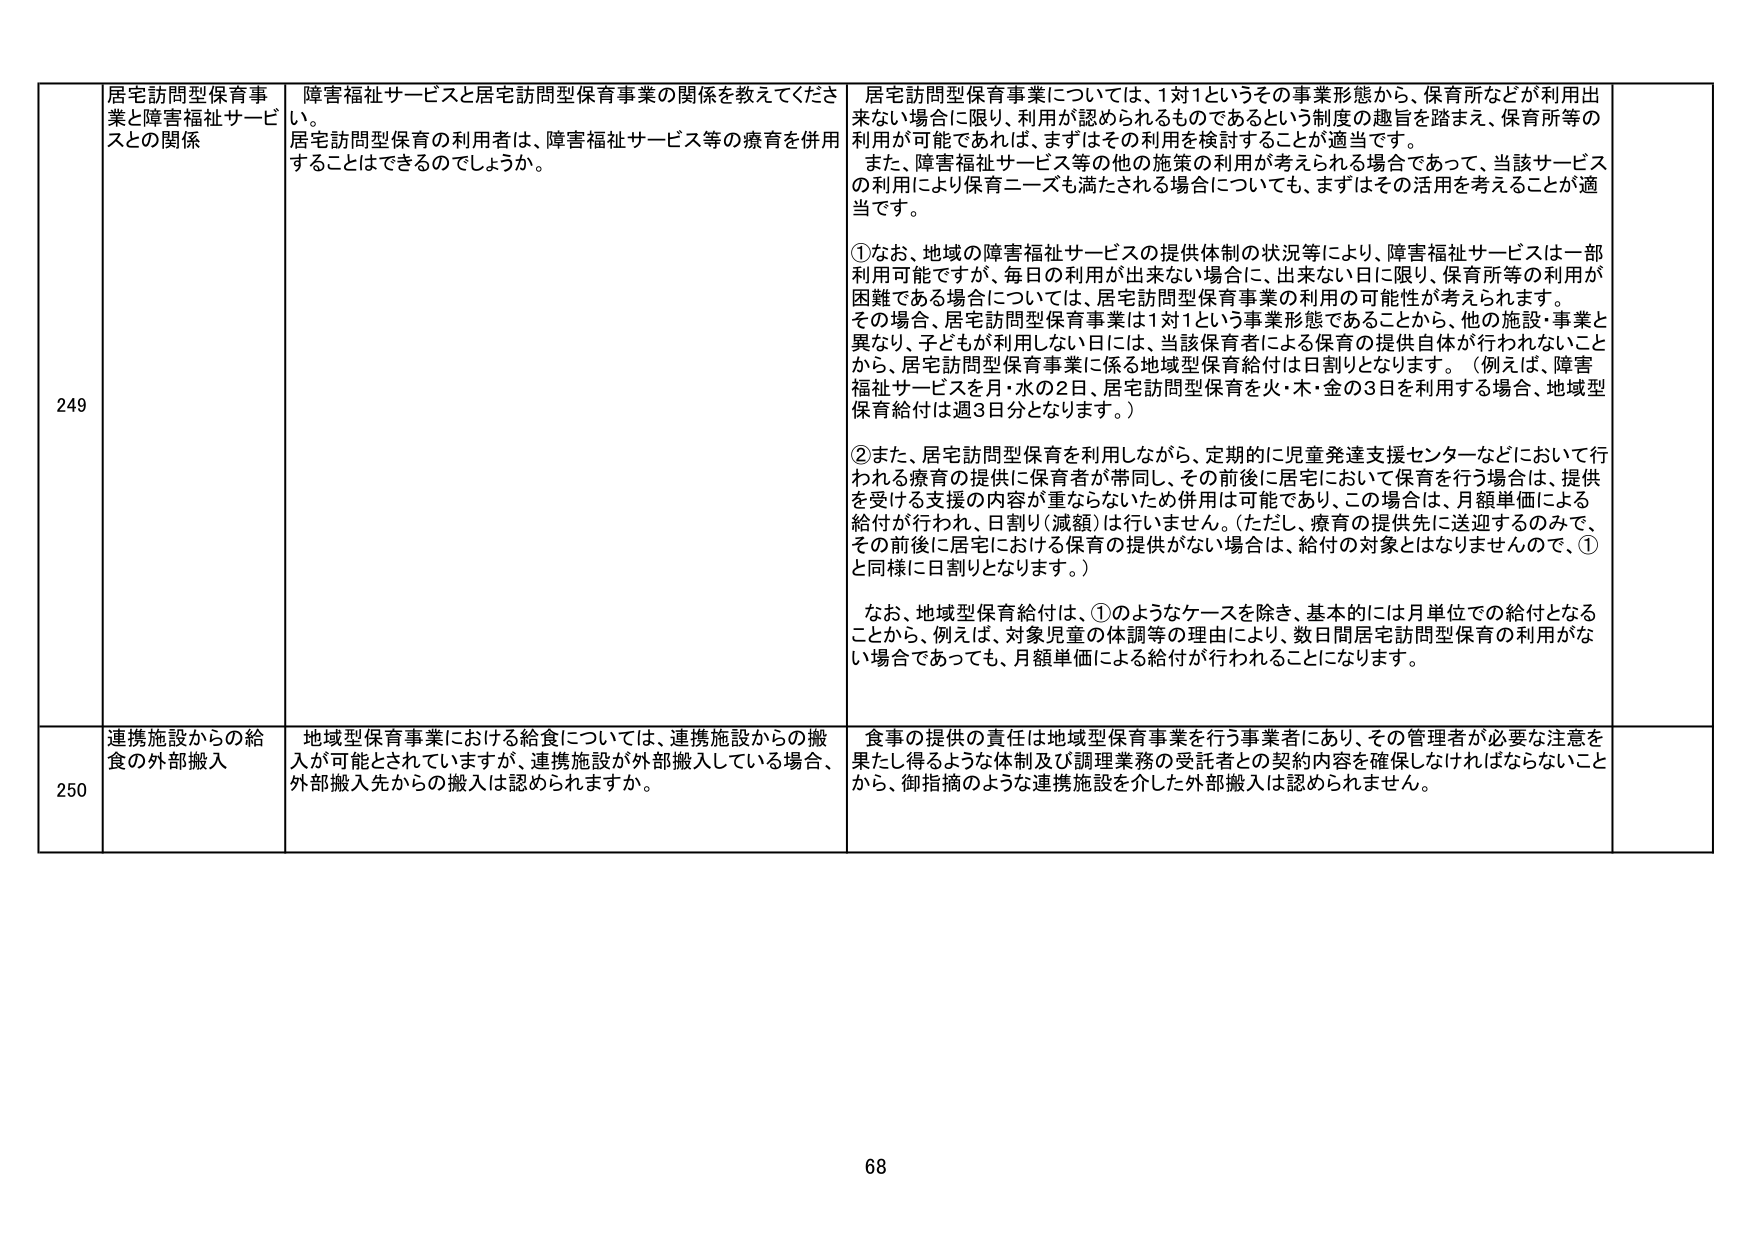
249
居宅訪問型保育事業と障害福祉サービスとの関係
障害福祉サービスと居宅訪問型保育事業の関係を教えてください。
居宅訪問型保育の利用者は、障害福祉サービス等の療育を併用することはできるのでしょうか。
居宅訪問型保育事業については、1対1というその事業形態から、保育所などが利用出来ない場合に限り、利用が認められるものであるという制度の趣旨を踏まえ、保育所等の利用が可能であれば、まずはその利用を検討することが適当です。
また、障害福祉サービス等の他の施策の利用が考えられる場合であって、当該サービスの利用により保育ニーズも満たされる場合についても、まずはその活用を考えることが適当です。
①なお、地域の障害福祉サービスの提供体制の状況等により、障害福祉サービスは一部利用可能ですが、毎日の利用が出来ない場合に、出来ない日に限り、保育所等の利用が困難である場合については、居宅訪問型保育事業の利用の可能性が考えられます。
その場合、居宅訪問型保育事業は1対1という事業形態であることから、他の施設・事業と異なり、子どもが利用しない日には、当該保育者による保育の提供自体が行われないことから、居宅訪問型保育事業に係る地域型保育給付は日割りとなります。（例えば、障害福祉サービスを月・水の2日、居宅訪問型保育を火・木・金の3日を利用する場合、地域型保育給付は週3日分となります。）
②また、居宅訪問型保育を利用しながら、定期的に児童発達支援センターなどにおいて行われる療育の提供に保育者が帯同し、その前後に居宅において保育を行う場合は、提供を受ける支援の内容が重ならないため併用は可能であり、この場合は、月額単価による給付が行われ、日割り（減額）は行いません。（ただし、療育の提供先に送迎するのみで、その前後に居宅における保育の提供がない場合は、給付の対象とはなりませんので、①と同様に日割りとなります。）
なお、地域型保育給付は、①のようなケースを除き、基本的には月単位での給付となることから、例えば、対象児童の体調等の理由により、数日間居宅訪問型保育の利用がない場合であっても、月額単価による給付が行われることになります。
250
連携施設からの給食の外部搬入
地域型保育事業における給食については、連携施設からの搬入が可能とされていますが、連携施設が外部搬入している場合、外部搬入先からの搬入は認められますか。
食事の提供の責任は地域型保育事業を行う事業者にあり、その管理者が必要な注意を果たし得るような体制及び調理業務の受託者との契約内容を確保しなければならないことから、御指摘のような連携施設を介した外部搬入は認められません。
68